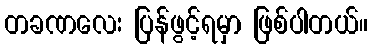
တခဏလေး ပြန်ဖွင့်ရမှာ ဖြစ်ပါတယ်။